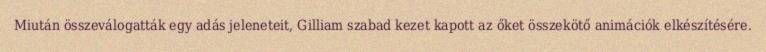
Miután összeválogatták egy adás jeleneteit, Gilliam szabad kezet kapott az őket összekötő animációk elkészítésére.